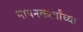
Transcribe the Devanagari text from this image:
मापनकर्त्यांच्या